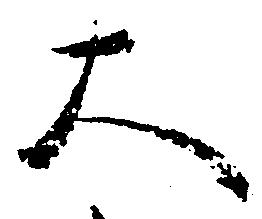
大